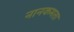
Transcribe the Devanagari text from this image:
नानकमता